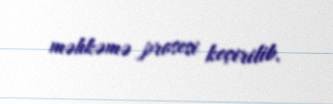
məhkəmə prosesi keçirilib.